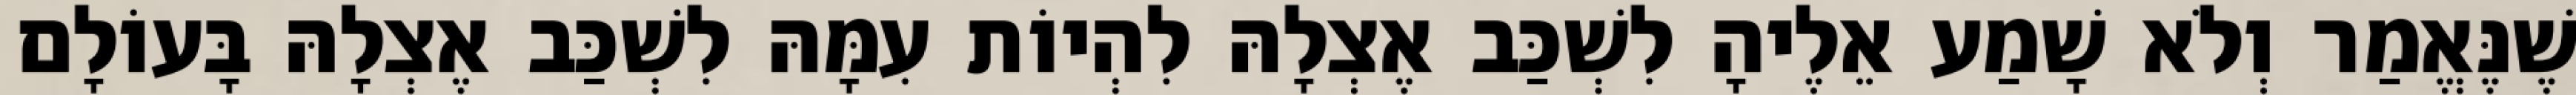
שֶׁנֶּאֱמַר וְלֹא שָׁמַע אֵלֶיהָ לִשְׁכַּב אֶצְלָהּ לִהְיוֹת עִמָּהּ לִשְׁכַּב אֶצְלָהּ בָּעוֹלָם